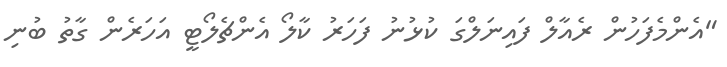
"އެންމެފަހުން ރެއާލް ފައިނަލްގަ ކުޅުނު ފަހަރު ކާލޯ އެންޗެލޯޓީ އަހަރެން ގާތު ބުނި